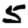
Digit: 5